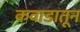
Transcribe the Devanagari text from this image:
कवाडातून